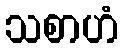
သစာဟံ